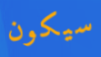
سيكون